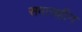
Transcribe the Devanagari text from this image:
समासहीन